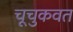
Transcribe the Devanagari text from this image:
चूचुकवत